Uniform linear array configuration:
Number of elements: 48
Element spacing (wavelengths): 0.25
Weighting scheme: hann
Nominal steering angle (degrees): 45
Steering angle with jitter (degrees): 45.875
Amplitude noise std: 0.05
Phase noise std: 0.05

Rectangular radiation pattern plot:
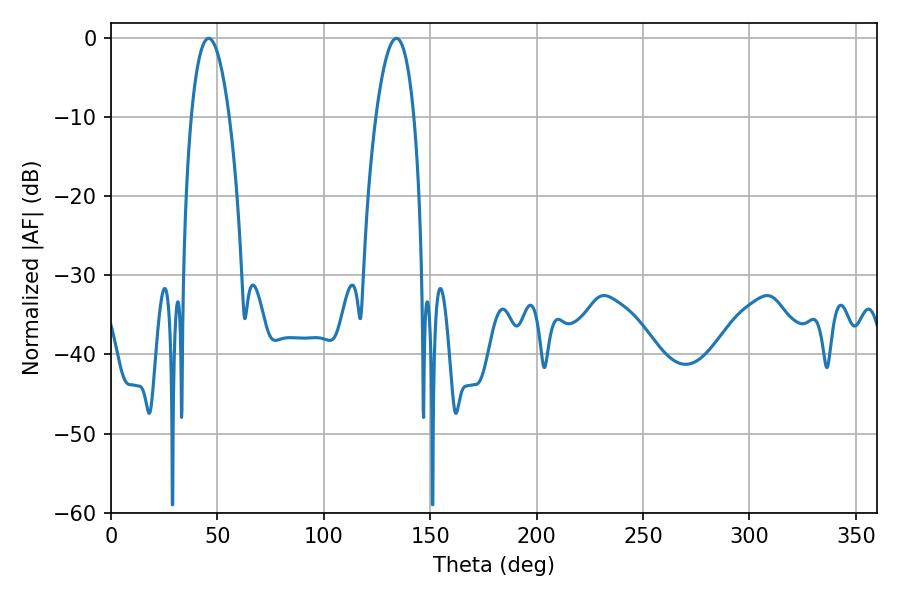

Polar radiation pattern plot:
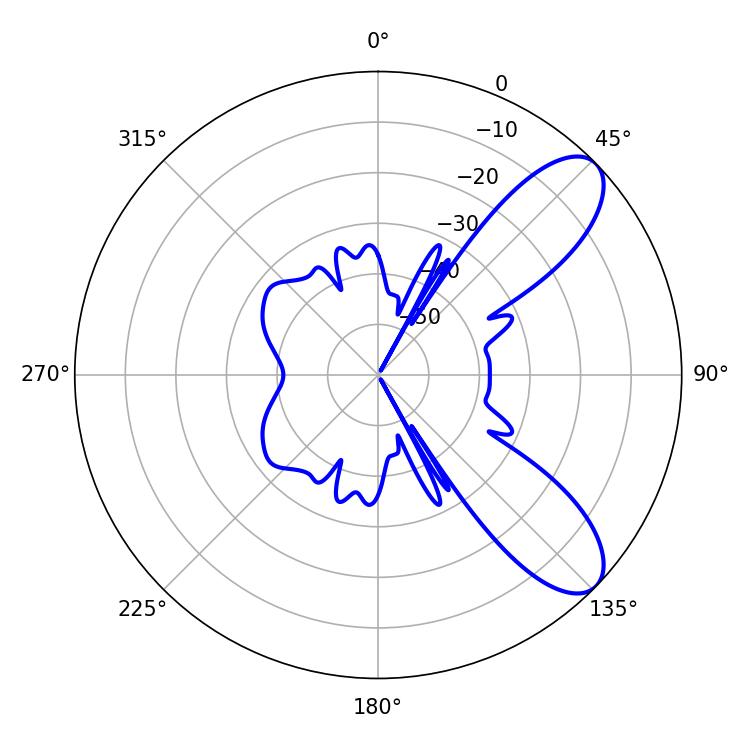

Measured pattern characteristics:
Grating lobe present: FALSE
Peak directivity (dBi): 8.749
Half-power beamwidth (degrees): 9.9
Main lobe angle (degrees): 45.9